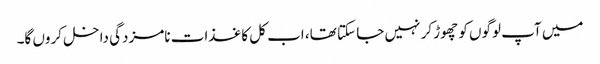
میں آپ لوگوں کو چھوڑ کر نہیں جا سکتا تھا، اب کل کاغذات نامزدگی داخل کروں گا۔